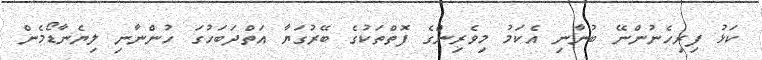
ކަޅު ފިރިހެނުންނޭ ބުނާނި އެކަމު މިވެރިންގެ ފޮތްތަކުގެ ބޭރުގަޔާ އަތްދަބަހުގަ ހުންނާނި ލިޔެނާޑޯމެން